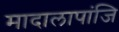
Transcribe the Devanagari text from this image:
मादालापांजि